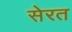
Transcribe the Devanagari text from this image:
सेरत